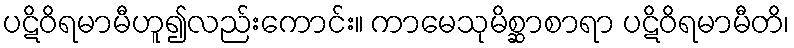
ပဋိဝိရမာမီဟူ၍လည်းကောင်း။ ကာမေသုမိစ္ဆာစာရာ ပဋိဝိရမာမီတိ၊